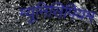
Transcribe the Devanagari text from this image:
म्युनिसिपियम